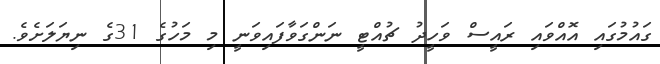
ގައުމުގައި އޮއްވައި ރައީސް ވަހީދު ޗުއްޓީ ނަންގަވާފައިވަނީ މި މަހުގެ 31ގެ ނިޔަލަށެވެ.